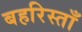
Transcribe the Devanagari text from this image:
बहरिस्ताँ